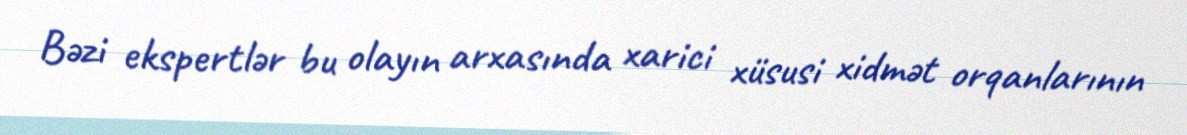
Bəzi ekspertlər bu olayın arxasında xarici xüsusi xidmət orqanlarının